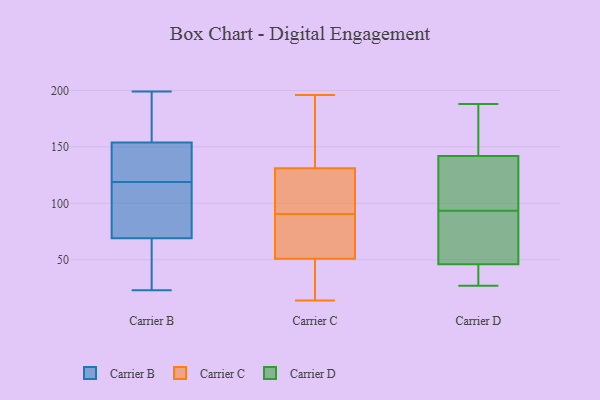
{"axis": {"x": "Active Users", "y": "Value"}, "legend": ["Carrier B", "Carrier C", "Carrier D"], "data": [{"x": "", "y": 54, "type": "Carrier B"}, {"x": "", "y": 199, "type": "Carrier B"}, {"x": "", "y": 91, "type": "Carrier B"}, {"x": "", "y": 156, "type": "Carrier B"}, {"x": "", "y": 84, "type": "Carrier B"}, {"x": "", "y": 85, "type": "Carrier B"}, {"x": "", "y": 131, "type": "Carrier B"}, {"x": "", "y": 119, "type": "Carrier B"}, {"x": "", "y": 64, "type": "Carrier B"}, {"x": "", "y": 32, "type": "Carrier B"}, {"x": "", "y": 171, "type": "Carrier B"}, {"x": "", "y": 135, "type": "Carrier B"}, {"x": "", "y": 23, "type": "Carrier B"}, {"x": "", "y": 148, "type": "Carrier B"}, {"x": "", "y": 166, "type": "Carrier B"}, {"x": "", "y": 97, "type": "Carrier C"}, {"x": "", "y": 65, "type": "Carrier C"}, {"x": "", "y": 196, "type": "Carrier C"}, {"x": "", "y": 120, "type": "Carrier C"}, {"x": "", "y": 14, "type": "Carrier C"}, {"x": "", "y": 131, "type": "Carrier C"}, {"x": "", "y": 156, "type": "Carrier C"}, {"x": "", "y": 33, "type": "Carrier C"}, {"x": "", "y": 51, "type": "Carrier C"}, {"x": "", "y": 34, "type": "Carrier C"}, {"x": "", "y": 89, "type": "Carrier C"}, {"x": "", "y": 92, "type": "Carrier C"}, {"x": "", "y": 171, "type": "Carrier C"}, {"x": "", "y": 59, "type": "Carrier C"}, {"x": "", "y": 74, "type": "Carrier C"}, {"x": "", "y": 96, "type": "Carrier C"}, {"x": "", "y": 135, "type": "Carrier C"}, {"x": "", "y": 42, "type": "Carrier C"}, {"x": "", "y": 137, "type": "Carrier D"}, {"x": "", "y": 46, "type": "Carrier D"}, {"x": "", "y": 67, "type": "Carrier D"}, {"x": "", "y": 142, "type": "Carrier D"}, {"x": "", "y": 94, "type": "Carrier D"}, {"x": "", "y": 58, "type": "Carrier D"}, {"x": "", "y": 188, "type": "Carrier D"}, {"x": "", "y": 27, "type": "Carrier D"}, {"x": "", "y": 157, "type": "Carrier D"}, {"x": "", "y": 46, "type": "Carrier D"}, {"x": "", "y": 155, "type": "Carrier D"}, {"x": "", "y": 93, "type": "Carrier D"}, {"x": "", "y": 169, "type": "Carrier D"}, {"x": "", "y": 109, "type": "Carrier D"}, {"x": "", "y": 66, "type": "Carrier D"}, {"x": "", "y": 135, "type": "Carrier D"}, {"x": "", "y": 40, "type": "Carrier D"}, {"x": "", "y": 28, "type": "Carrier D"}]}